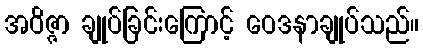
အဝိဇ္ဇာ ချုပ်ခြင်းကြောင့် ဝေဒနာချုပ်သည်။